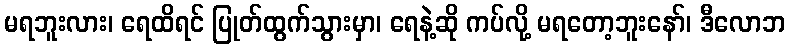
မရဘူးလား၊ ရေထိရင် ပြုတ်ထွက်သွားမှာ၊ ရေနဲ့ဆို ကပ်လို့ မရတော့ဘူးနော်၊ ဒီလောဘ